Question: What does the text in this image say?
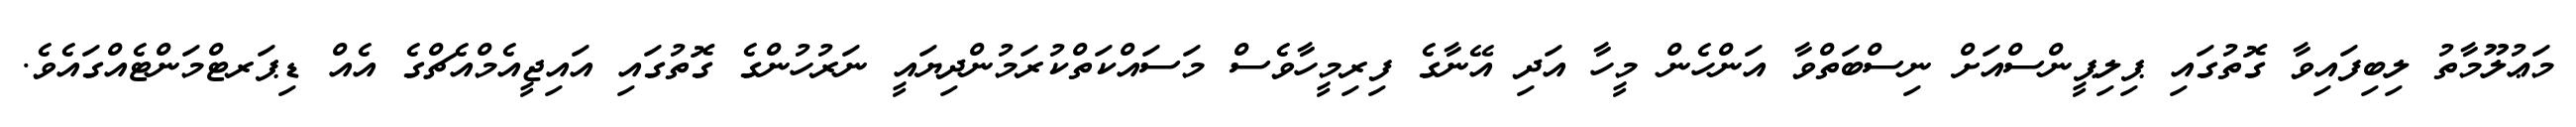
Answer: މަޢުލޫމާތު ލިބިފައިވާ ގޮތުގައި ޕިލިޕީންސްއަށް ނިސްބަތްވާ އަންހެން މީހާ އަދި އޭނާގެ ފިރިމީހާވެސް މަސައްކަތްކުރަމުންދިޔައީ ނަރުހުންގެ ގޮތުގައި އައިޖީއެމްއެޗްގެ އެއް ޑިޕަރޓްމަންޓެއްގައެވެ.